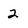
Character: 2